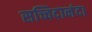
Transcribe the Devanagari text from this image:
सच्चिदानंदा